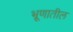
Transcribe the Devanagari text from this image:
भ्रूणातील